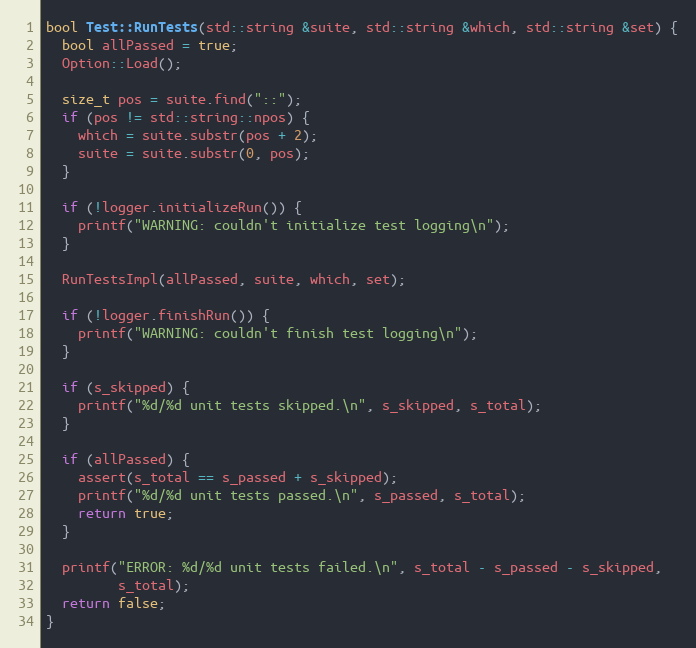
Language: C++
bool Test::RunTests(std::string &suite, std::string &which, std::string &set) {
  bool allPassed = true;
  Option::Load();

  size_t pos = suite.find("::");
  if (pos != std::string::npos) {
    which = suite.substr(pos + 2);
    suite = suite.substr(0, pos);
  }

  if (!logger.initializeRun()) {
    printf("WARNING: couldn't initialize test logging\n");
  }

  RunTestsImpl(allPassed, suite, which, set);

  if (!logger.finishRun()) {
    printf("WARNING: couldn't finish test logging\n");
  }

  if (s_skipped) {
    printf("%d/%d unit tests skipped.\n", s_skipped, s_total);
  }

  if (allPassed) {
    assert(s_total == s_passed + s_skipped);
    printf("%d/%d unit tests passed.\n", s_passed, s_total);
    return true;
  }

  printf("ERROR: %d/%d unit tests failed.\n", s_total - s_passed - s_skipped,
         s_total);
  return false;
}